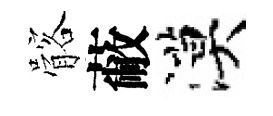
髂蔽漠